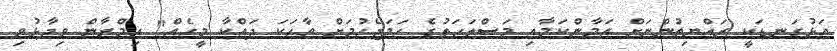
އަޅުގަނޑަކީ ރައްޔިތުންނަށް އަމާންކަމާއި މަސްލަހަތުގެ ހަމަޖެހުމަށް ވާހަކަ ދައްކާ މީހެއް" އިމްރާން ވިދާޅުވި